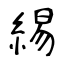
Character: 緆